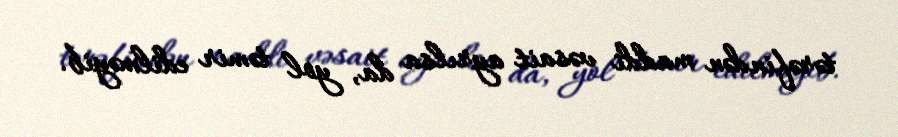
tərəfindən maddi vəsait ayrılsa da, yol təmir edilməyib.